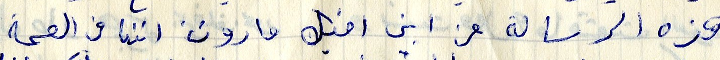
هذه الرسالة من ابن اخيك مارون اننا في الصحة